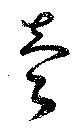
売